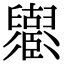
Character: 𦦶